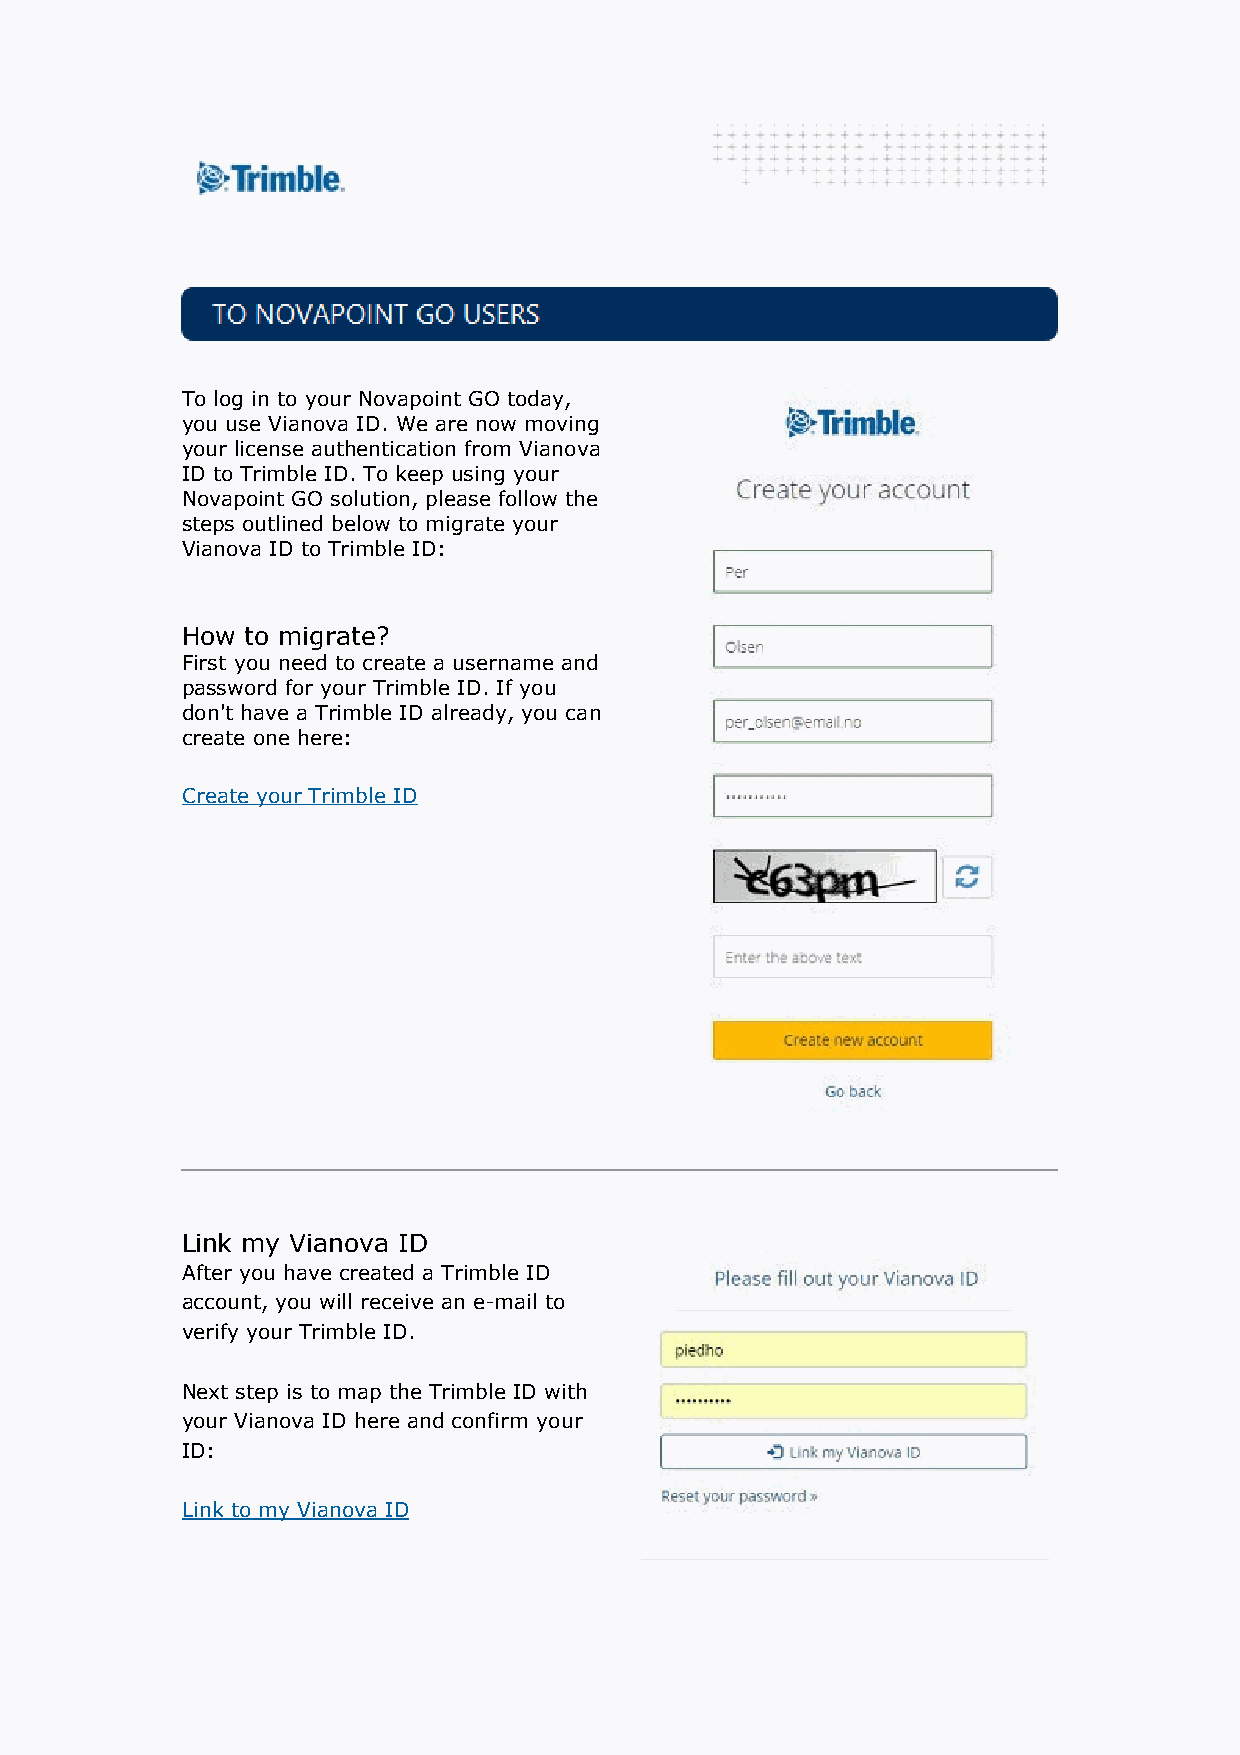
To log in to your Novapoint GO today,
 you use Vianova ID. We are now moving
 your license authentication from Vianova
 ID to Trimble ID. To keep using your
 Novapoint GO solution, please follow the
 steps outlined below to migrate your
 Vianova ID to Trimble ID:
 How to migrate?
 First you need to create a username and
 password for your Trimble ID. If you
 don't have a Trimble ID already, you can
 create one here:
 Create your Trimble ID
 Link my Vianova ID
 After you have created a Trimble ID
 account, you will receive an e-mail to
 verify your Trimble ID.
 Next step is to map the Trimble ID with
 your Vianova ID here and confirm your
 ID:
 Link to my Vianova ID